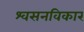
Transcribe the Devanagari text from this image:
श्वसनविकार